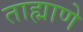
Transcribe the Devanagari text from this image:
ताह्माणे